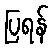
ပြရန်